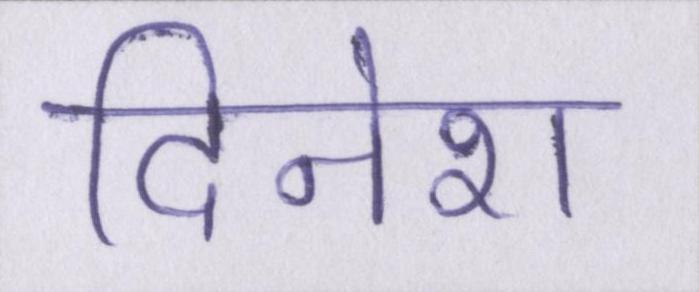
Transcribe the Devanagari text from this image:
दिनेश